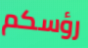
رؤسكم